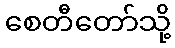
စေတီတော်သို့